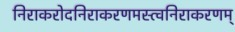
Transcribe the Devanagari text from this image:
निराकरोदनिराकरणमस्त्वनिराकरणम्